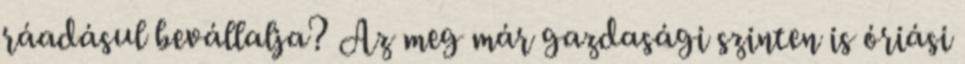
ráadásul bevállalja? Az meg már gazdasági szinten is óriási